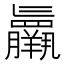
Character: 𮊷